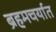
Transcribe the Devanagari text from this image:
ब्रहमचर्यात